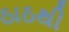
ઠાઠથી